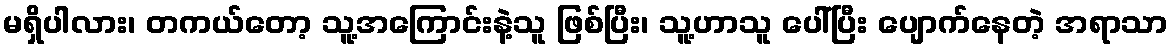
မရှိပါလား၊ တကယ်တော့ သူ့အကြောင်းနဲ့သူ ဖြစ်ပြီး၊ သူ့ဟာသူ ပေါ်ပြီး ပျောက်နေတဲ့ အရာသာ